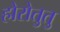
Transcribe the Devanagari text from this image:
होरोतुतु